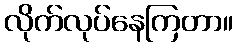
လိုက်လုပ်နေကြတာ။